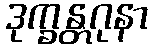
ဒုက္ခန္တဂုနာ